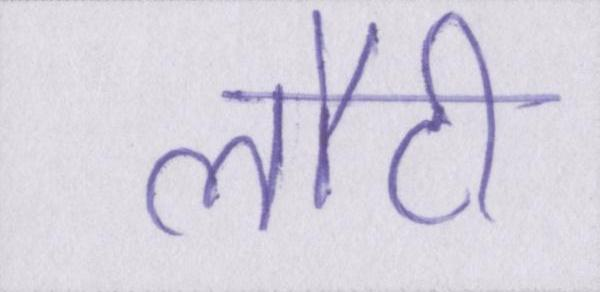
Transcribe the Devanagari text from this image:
लौटी